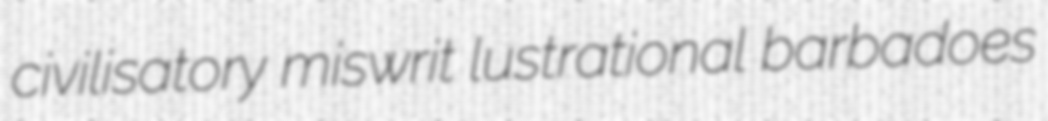
civilisatory miswrit lustrational barbadoes